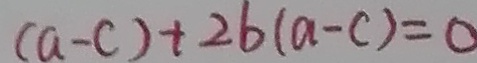
( a - c ) + 2 b ( a - c ) = 0